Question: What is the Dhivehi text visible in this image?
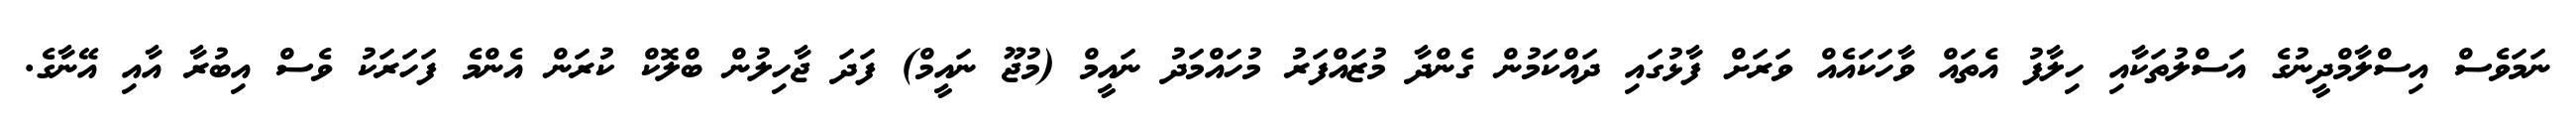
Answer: ނަމަވެސް އިސްލާމްދީނުގެ އަސްލުތަކާއި ހިލާފު އެތައް ވާހަކައެއް ވަރަށް ފާޅުގައި ދައްކަމުން ގެންދާ މުޒައްފަރު މުހައްމަދު ނައީމް (މުޖޫ ނައީމް) ފަދަ ޖާހިލުން ބްލޮކް ކުރަން އެންމެ ފަހަރަކު ވެސް އިބުރާ އާއި އޭނާގެ.